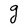
Character: g